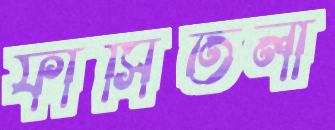
ফাঁসিতলা